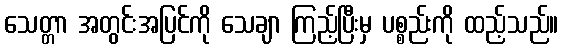
သေတ္တာ အတွင်းအပြင်ကို သေချာ ကြည့်ပြီးမှ ပစ္စည်းကို ထည့်သည်။